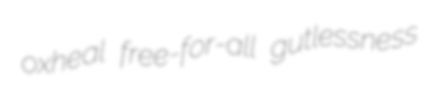
oxheal free-for-all gutlessness